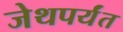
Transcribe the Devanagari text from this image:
जेथपर्यंत